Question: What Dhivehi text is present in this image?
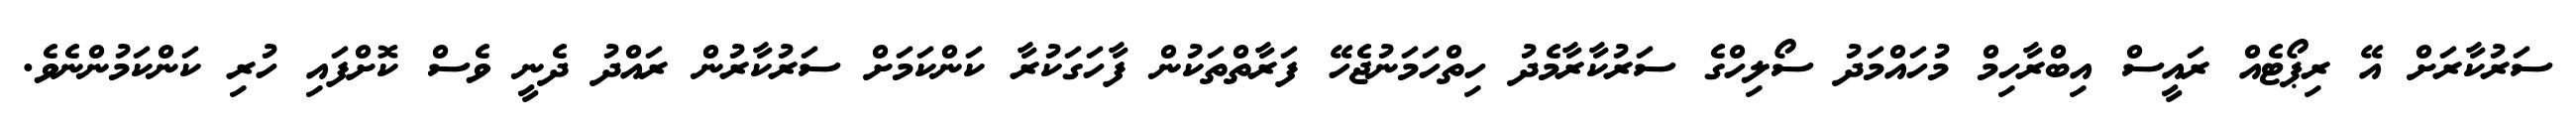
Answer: ސަރުކާރަށް އޭ ރިޕޯޓެއް ރައީސް އިބްރާހިމް މުހައްމަދު ސޯލިހްގެ ސަރުކާރާމެދު ހިތްހަމަނުޖެހޭ ފަރާތްތަކުން ފާހަގަކުރާ ކަންކަމަށް ސަރުކާރުން ރައްދު ދެނީ ވެސް ކޮށްފައި ހުރި ކަންކަމުންނެވެ.